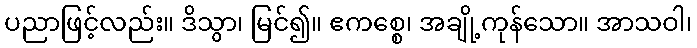
ပညာဖြင့်လည်း။ ဒိသွာ၊ မြင်၍။ ဧကစ္စေ၊ အချို့ကုန်သော။ အာသဝါ၊